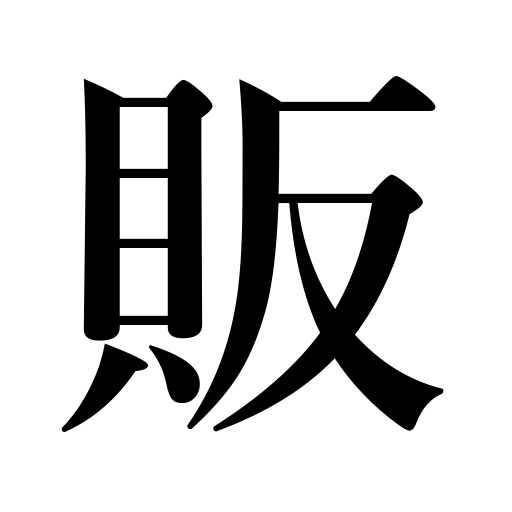
Meanings: sell,trade